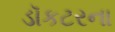
ડૉકટરના